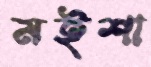
মইশা